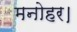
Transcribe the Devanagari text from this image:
मनोहर।